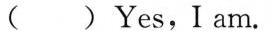
( ) Yes,I am.